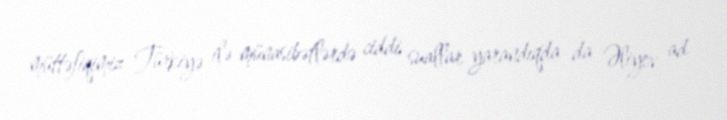
müttəfiqimiz Türkiyə ilə münasibətlərdə ciddi suallar yarandıqda da Əliyev ad